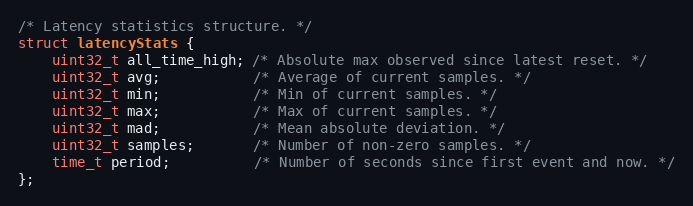
Language: C
/* Latency statistics structure. */
struct latencyStats {
    uint32_t all_time_high; /* Absolute max observed since latest reset. */
    uint32_t avg;           /* Average of current samples. */
    uint32_t min;           /* Min of current samples. */
    uint32_t max;           /* Max of current samples. */
    uint32_t mad;           /* Mean absolute deviation. */
    uint32_t samples;       /* Number of non-zero samples. */
    time_t period;          /* Number of seconds since first event and now. */
};